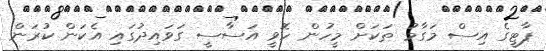
ޕާޓީގެ އިސް މަގާމު ތަކަށް މީހުން ހޮވީ އަސާސީ ގަވައިދުގައި އެކަން ކުރަން